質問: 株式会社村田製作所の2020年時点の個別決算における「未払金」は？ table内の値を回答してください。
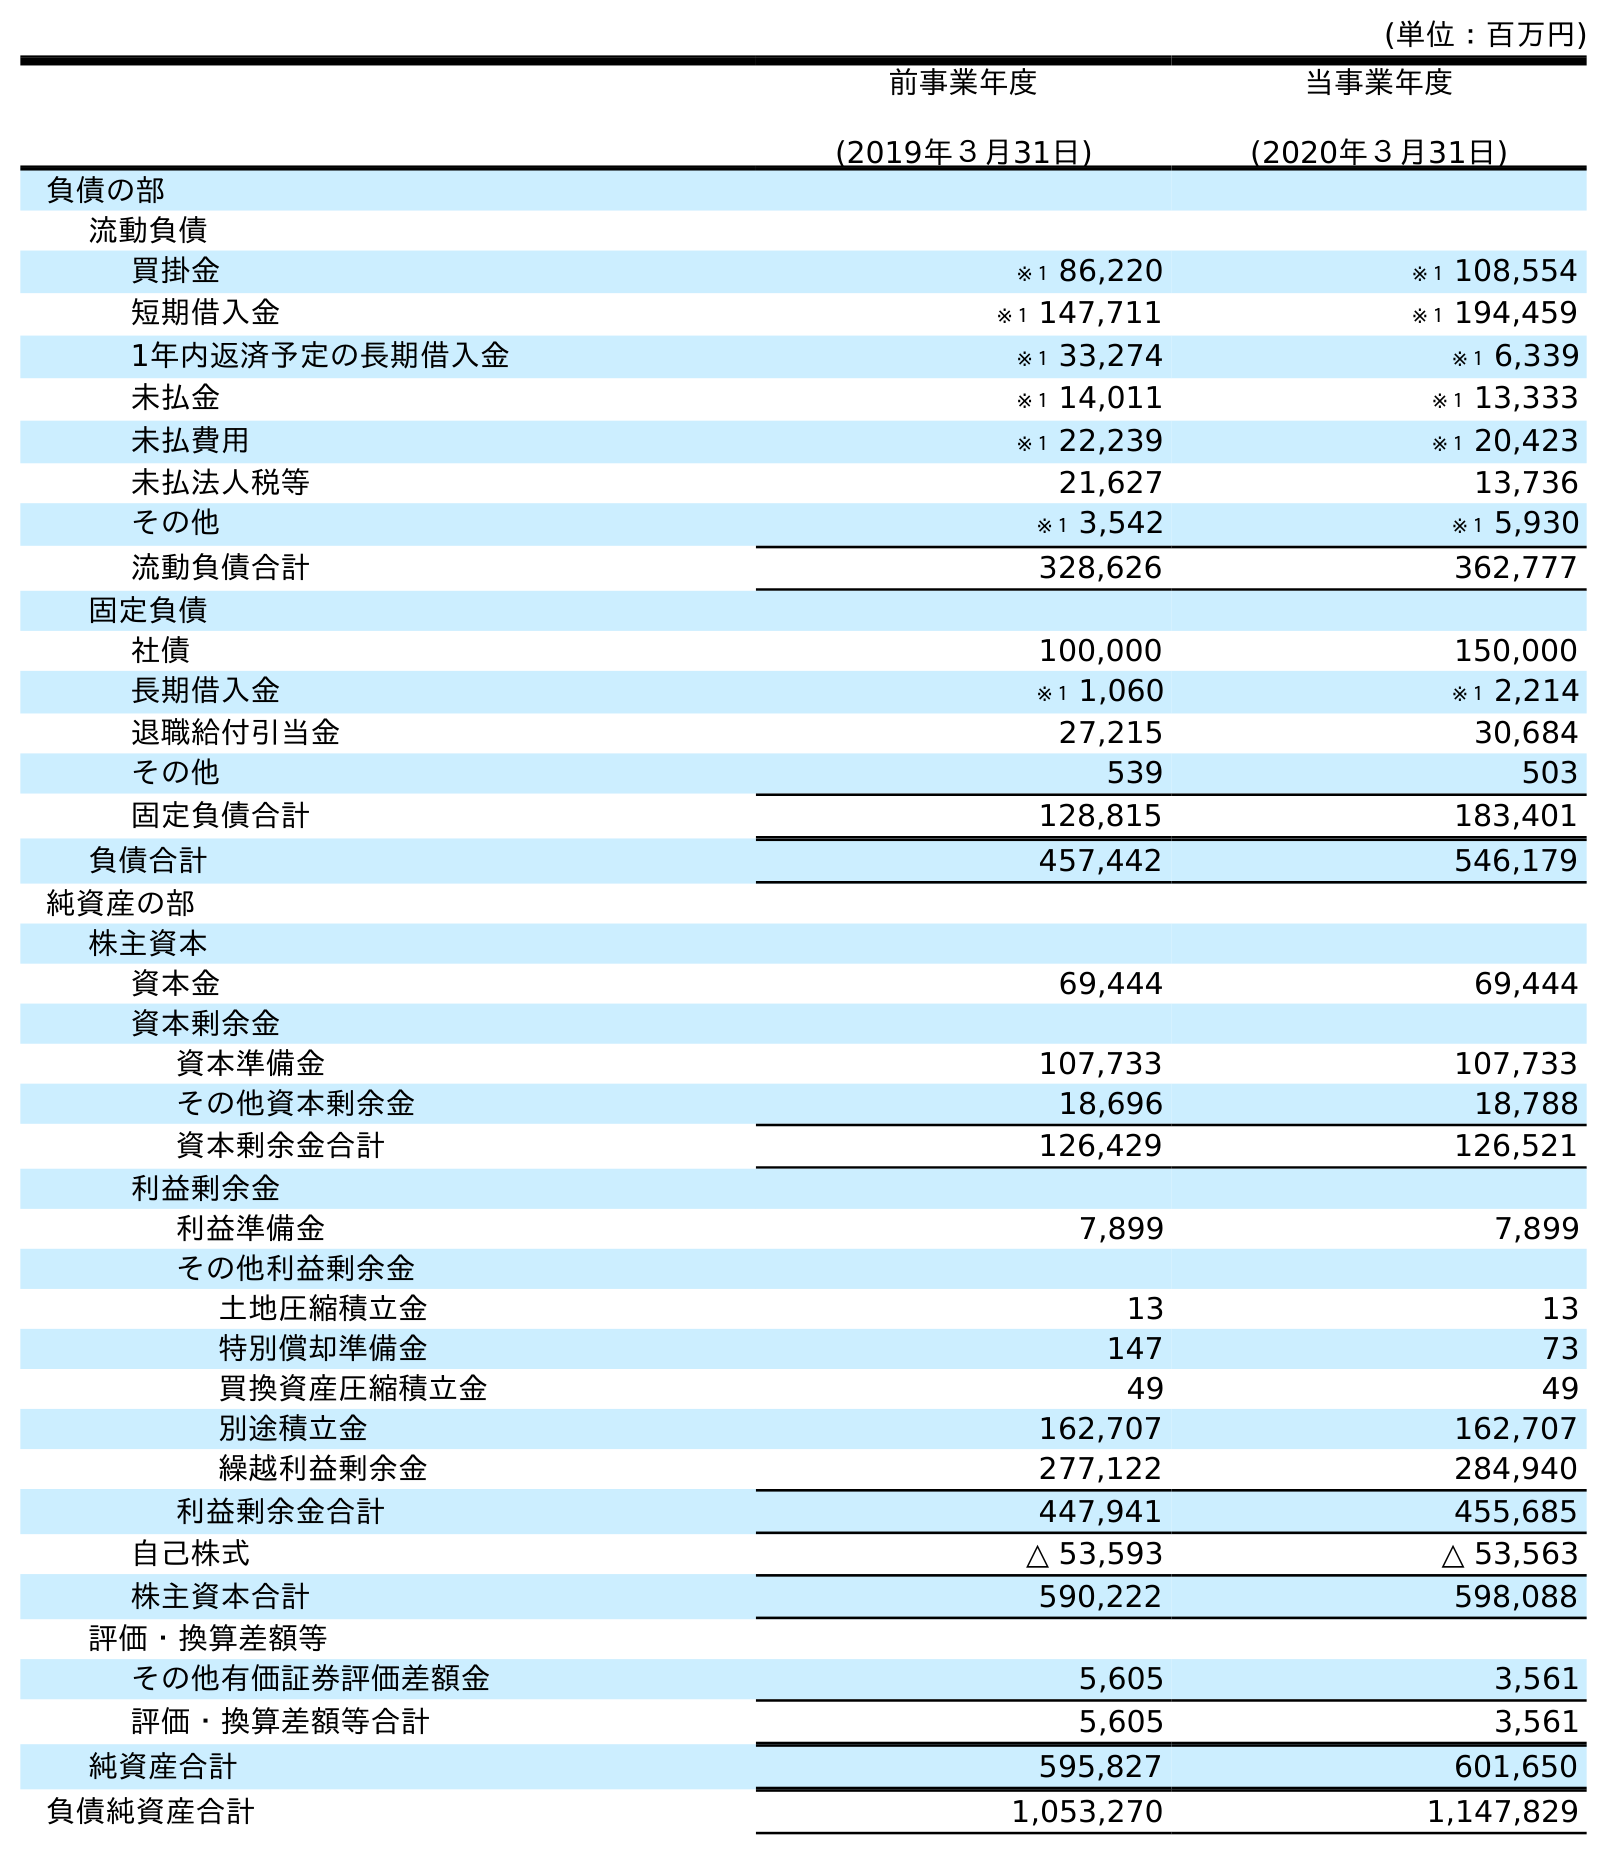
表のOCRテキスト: (単位：百万円) 前事業年度 (2019年３月31日) 当事業年度 (2020年３月31日) 負債の部 流動負債 買掛金 ※１ 86,220 ※１ 108,554 短期借入金 ※１ 147,711 ※１ 194,459 1年内返済予定の長期借入金 ※１ 33,274 ※１ 6,339 未払金 ※１ 14,011 ※１ 13,333 未払費用 ※１ 22,239 ※１ 20,423 未払法人税等 21,627 13,736 その他 ※１ 3,542 ※１ 5,930 流動負債合計 328,626 362,777 固定負債 社債 100,000 150,000 長期借入金 ※１ 1,060 ※１ 2,214 退職給付引当金 27,215 30,684 その他 539 503 固定負債合計 128,815 183,401 負債合計 457,442 546,179 純資産の部 株主資本 資本金 69,444 69,444 資本剰余金 資本準備金 107,733 107,733 その他資本剰余金 18,696 18,788 資本剰余金合計 126,429 126,521 利益剰余金 利益準備金 7,899 7,899 その他利益剰余金 土地圧縮積立金 13 13 特別償却準備金 147 73 買換資産圧縮積立金 49 49 別途積立金 162,707 162,707 繰越利益剰余金 277,122 284,940 利益剰余金合計 447,941 455,685 自己株式 △ 53,593 △ 53,563 株主資本合計 590,222 598,088 評価・換算差額等 その他有価証券評価差額金 5,605 3,561 評価・換算差額等合計 5,605 3,561 純資産合計 595,827 601,650 負債純資産合計 1,053,270 1,147,829
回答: ※１13,333